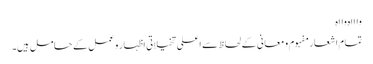
واااہ وااہ
تمام اشعار مفہوم و معانی کے لحاظ سے اعلی تخیلاتی اظہار و عمل کے حامل ہیں۔